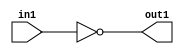
`timescale 1ps / 1ps
/*****************************************************************************
    Verilog RTL Description
    
    
    Created by: CellMath Designer 2019.1.01 
*******************************************************************************/

module DFT_compute_Equal_1U_12_4 (
	in1,
	out1
	); /* architecture "behavioural" */ 
input [6:0] in1;
output  out1;
wire  asc001;

assign asc001 = (12'B000000000000==in1);

assign out1 = asc001;
endmodule

/* CADENCE  urf3TQo= : u9/ySgnWtBlWxVPRXgAZ4Og= ** DO NOT EDIT THIS LINE ******/